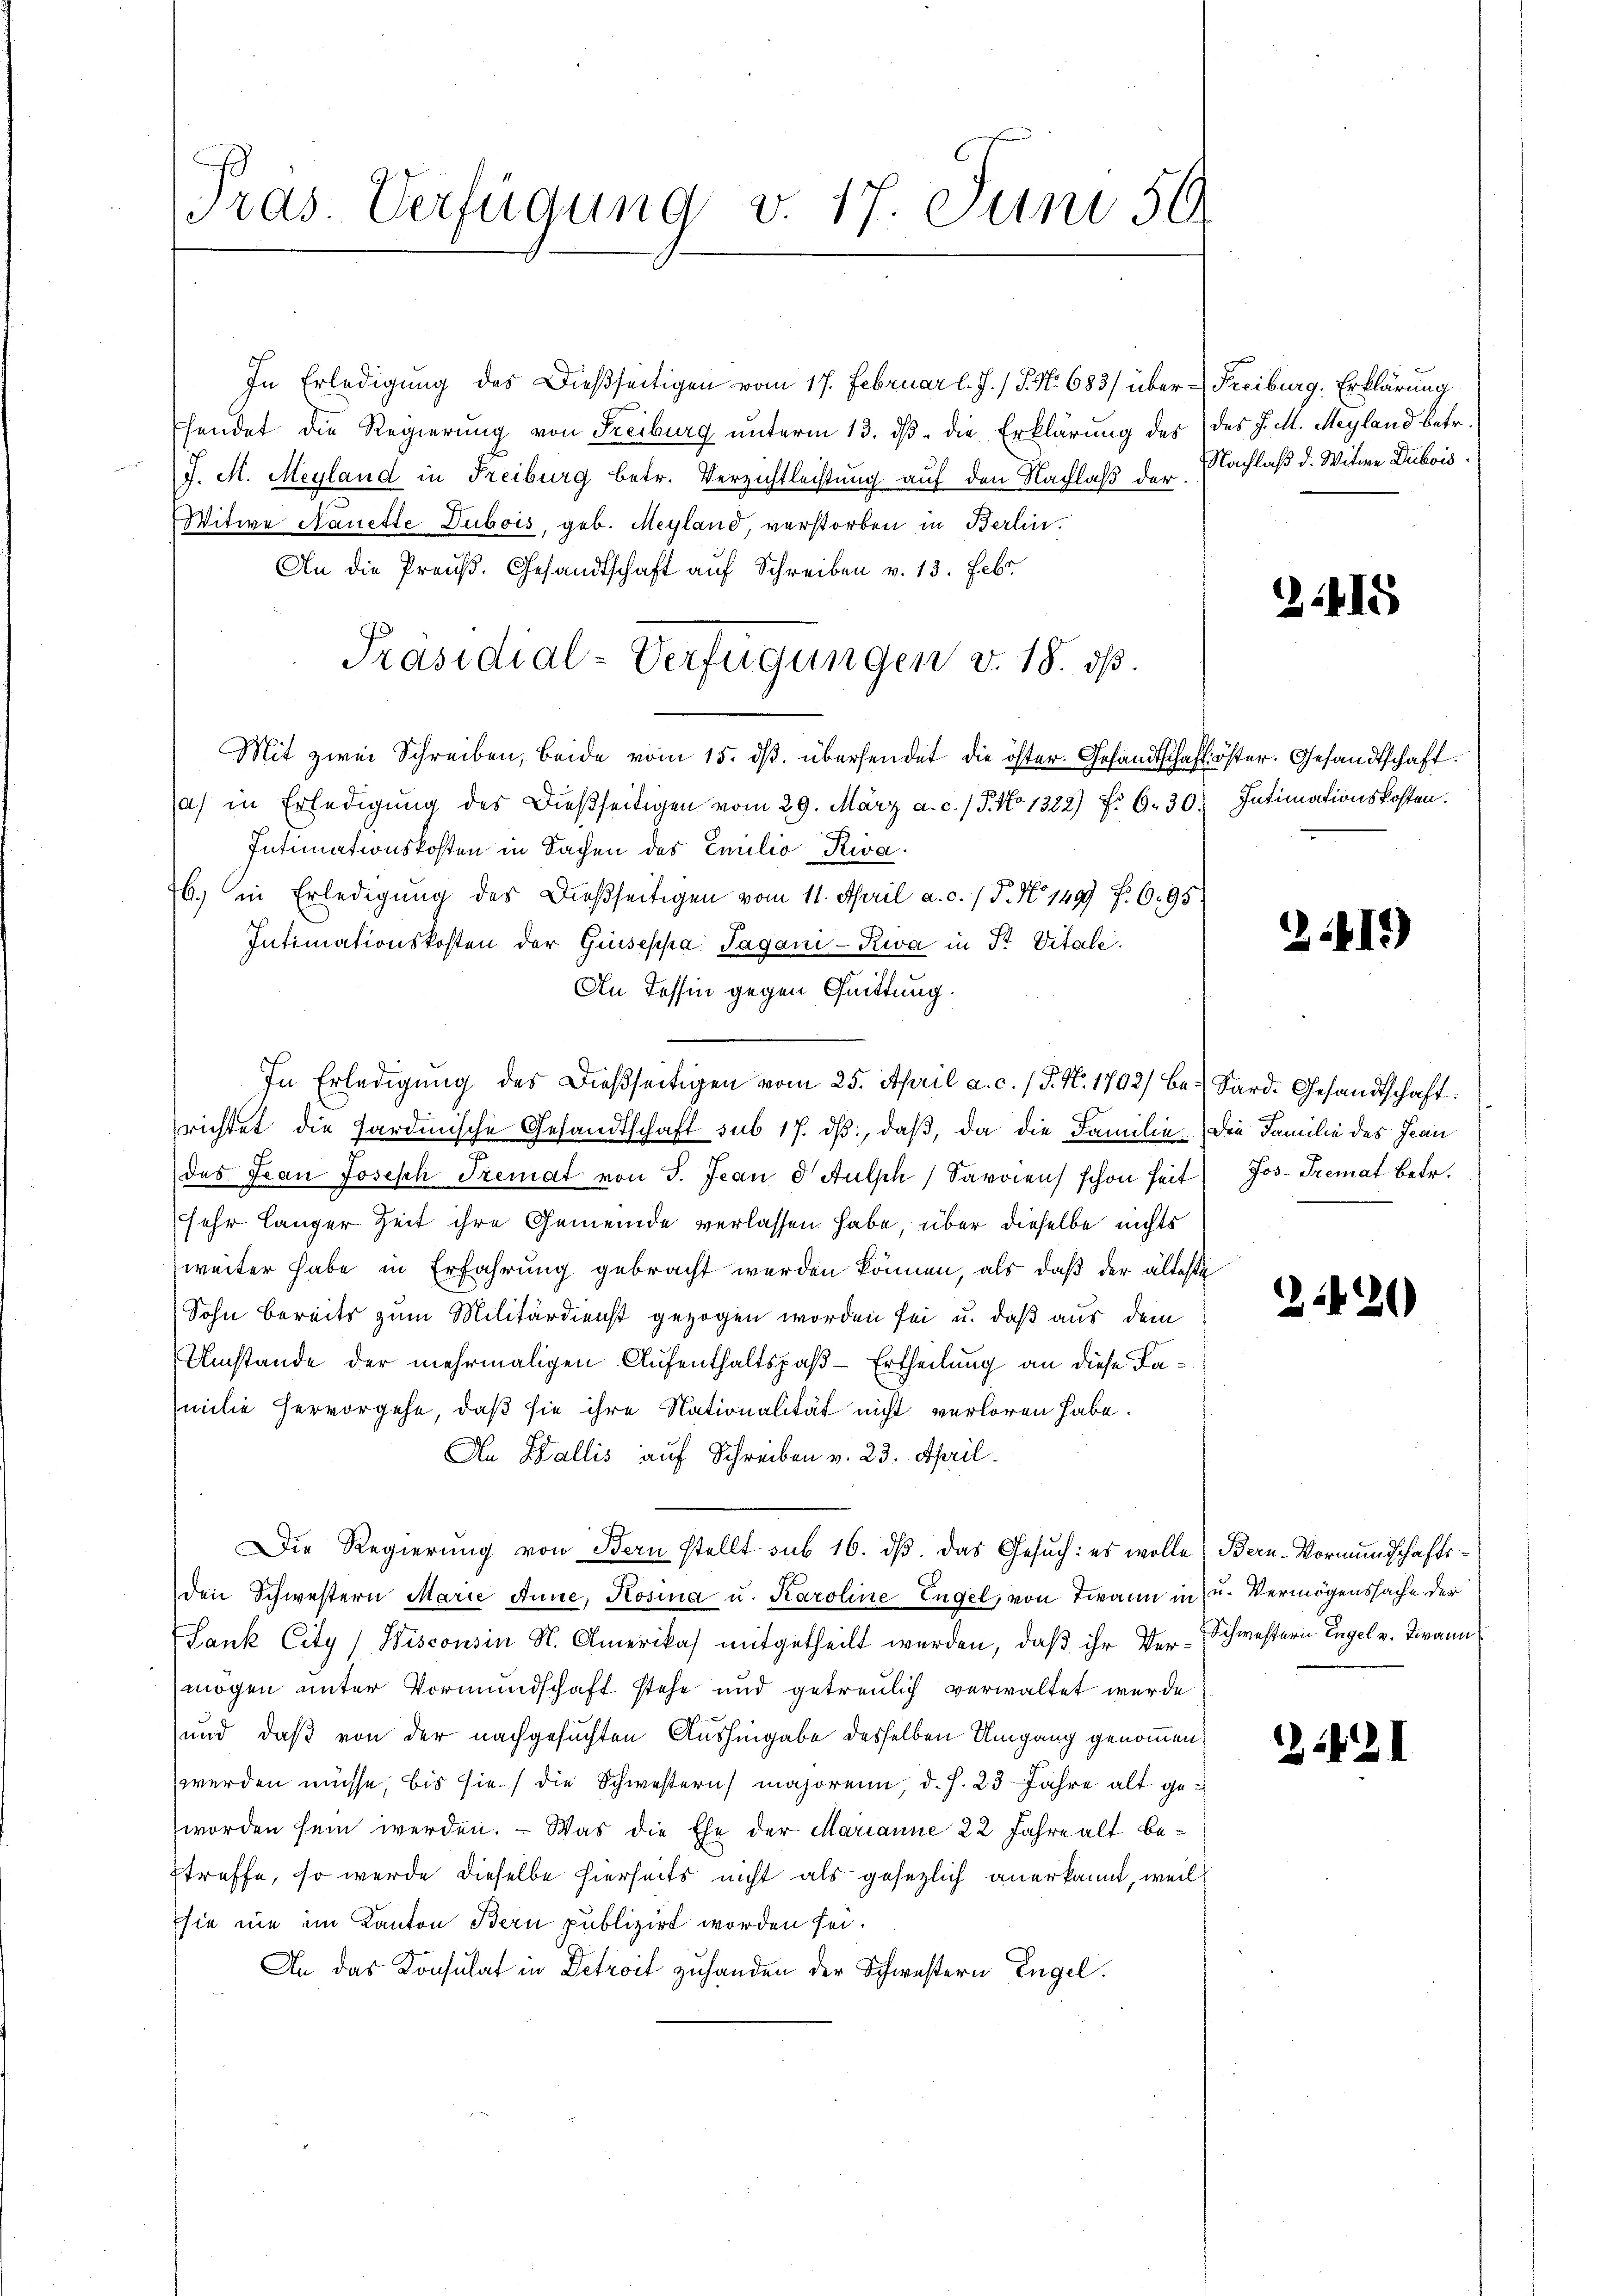
Pras. Verfügung v. 17. Juni 50.

In Erledigung des Dießseitigen vom 17. Februar l. J. / 5. No. 683/ über Freiburg. Erklärung
Esendet die Regierung von Freiburg unterm 13. dβ. die Erklärung des des J. M. Mayland betr.
J. M. Meyland in Freiburg betr. Verzichtleistung auf den Nachlaß der Nachlaß d. Witwe Dubois.
Witwe Nanette Dubois, geb. Meyland, verstorben in Berlin.
An die Preuß. Gesandtschaft auf Schreiben v. 13. Febr.
Mit zwei Schreiben, beide vom 15. ds. übersendet die öster Gesandtschaft öster. Gesandtschaft.
a) in Erledigung des dießseitigen vom 29. März a. c. / 5. No 1322) Fr. 6. 30) Intimationskosten.
Intimationskosten in Sachen des Emilio Riva.
b. in Erledigung des Dießseitigen vom 11. April a. c. (T. No 1499 f. 695.
Intimationskosten der Guseppa. Tagani-Riva in Pr. Vitale.
An Tessin gegen Quittung
In Erledigung des Dießseitigen vom 25. April a. c. / P. Nr. 1792/ be- Sard. Gesandtschaft:
richtet die sardinische Gesandtschaft sub 17. dβ, daß, da die Familie die Familie des Jean
des Jean Joseph Tremat von 5. Jean d Aŭlsch Savoren schon heit Jos. Tremat betr.
sehr langer Zeit ihre Gemeinde verlassen habe, über dieselbe nichts
weiter habe in Erfahrung gebracht werden können, als daß der älteste
Sohn bereits zum Militärdienst gezogen worden sei u. daß aus dem
Umstände der mehrmaligen Aufenthaltspaß-Ertheilung an diese Familie hervorgehe, daß sie ihre Nationalität nicht verloren habe.
An Wallis auf Schreiben v. 23. April.
Die Regierung von Bern stellt sub 16. dß. Das Gesuch: es wolle (Bern-Vormundschaftsden Schwestern Marie Anne, Rosina u. Karoline Engel, von Twann in u. Vermögenssache der
Lank City/Wisconsin N. Amerikas mitgetheilt werden, daß ihr Ver-Schwestern Engel v. Bannmögen unter Vormundschaft stehe und getreulich verwaltet wurde
und daß von der nachgesuchten Aushingabe desselben Umgang genommen
werden müsse, bis sie die Schwestern majorenn, d. h. 23 Jahre alt geworden sein werden. - Was die Ehe der Marianne 22 Jahre alt betreffe, so werde dieselbe hierseits nicht als gesezlich anerkannt, weil
sie nie im Kanton Bern publizirt worden sei.
An das Konsulat in Detroit zuhanden der Schwestern Engel.

Präsidial-Verfügungen v. 18. ds.

2415

2419

2120)

2442I